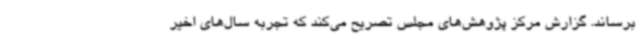
برساند. گزارش مرکز پژوهش‌های مجلس تصریح می‌کند که تجربه سال‌های اخیر